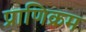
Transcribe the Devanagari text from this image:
प्राणिक्रम